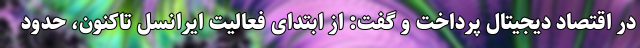
در اقتصاد دیجیتال پرداخت و گفت: از ابتدای فعالیت ایرانسل تاکنون، حدود